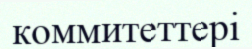
коммитеттері